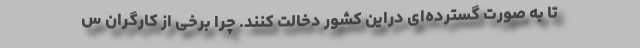
تا به صورت گسترده‌ای دراین کشور دخالت کنند. چرا برخی از کارگران س